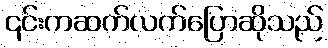
၎င်းကဆက်လက်ပြောဆိုသည်